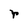
Character: r